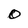
Character: 0